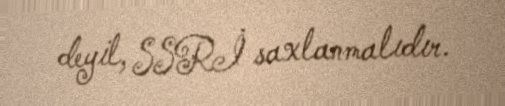
deyil, SSRİ saxlanmalıdır.